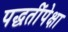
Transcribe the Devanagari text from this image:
पद्धतींपेक्षा